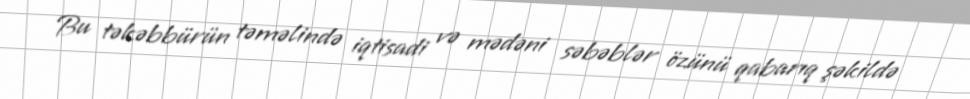
Bu təkəbbürün təməlində iqtisadi və mədəni səbəblər özünü qabarıq şəkildə